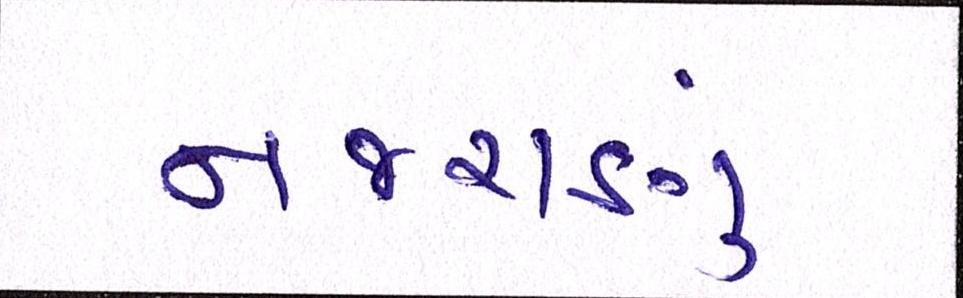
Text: નજરાણું